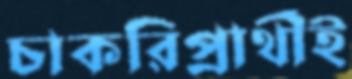
চাকরিপ্রার্থীই